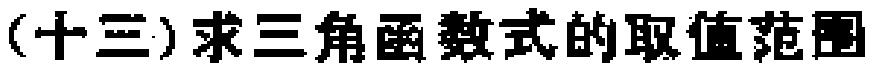
(十三)求三角函数式的取值范围